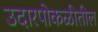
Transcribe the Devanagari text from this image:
उदारपोकळीतील